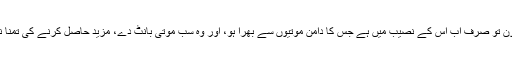
ایسا سکون تو صرف اب اس کے نصیب میں ہے جس کا دامن موتیوں سے بھرا ہو، اور وہ سب موتی بانٹ دے، مزید حاصل کرنے کی تمنا نہ کرے۔